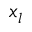
x _ { l }